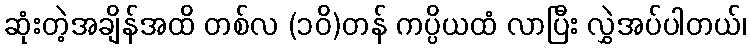
ဆုံးတဲ့အချိန်အထိ တစ်လ (၁၀ိ)တန် ကပ္ပိယထံ လာပြီး လွှဲအပ်ပါတယ်၊